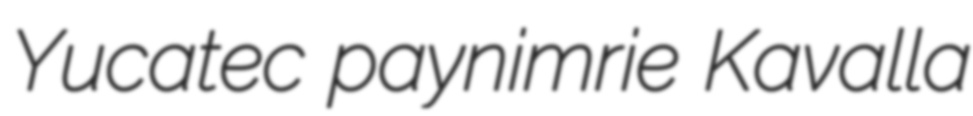
Yucatec paynimrie Kavalla